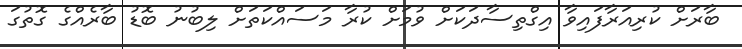
ބާރަށް ކުރިއަރާފައިވާ އިގްތިސާދަކަށް ވުމަށް ކުރާ މަސައްކަތަށް ލިބުނު ބޮޑު ބާރެއްގެ ގޮތުގަ